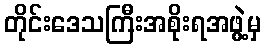
တိုင်းဒေသကြီးအစိုးရအဖွဲ့မှ